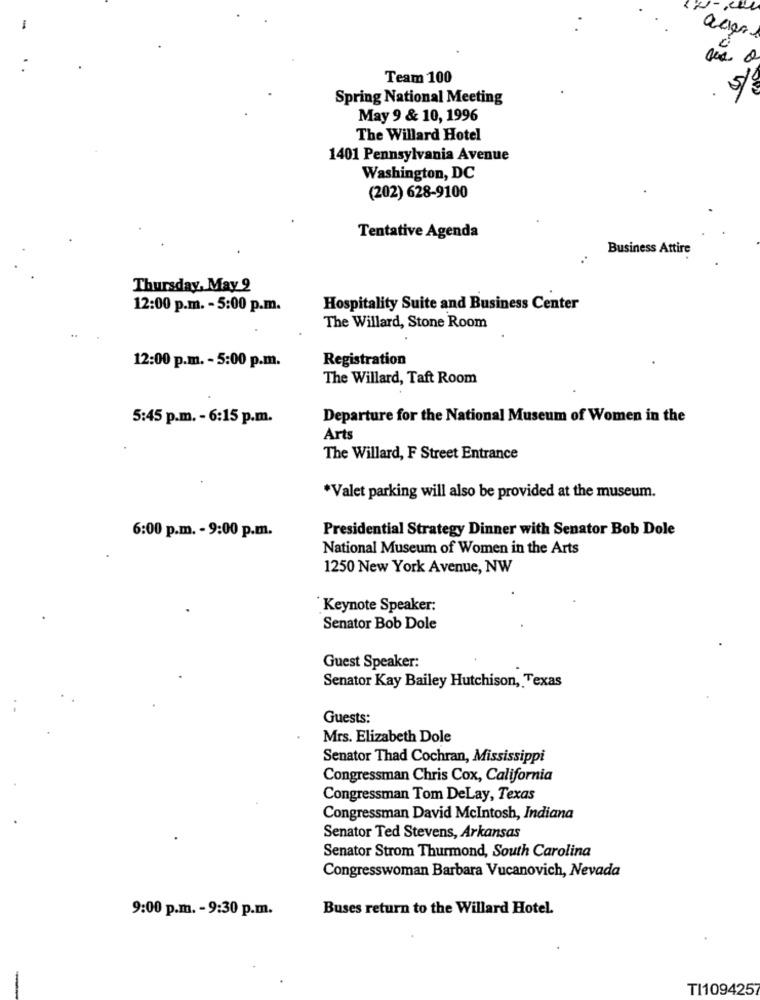
-
S
0
Team 100
. 5/2
Spring National Meeting
May 9 & 10, 1996
The Willard Hotel
1401 Pennsylvania Avenue
Washington, DC
(202) 628-9100
Tentative Agenda
Business Attire
Thursday, May 2
12:00 p.m. - 5:00 p.m.
Hospitality Suite and Business Center
The Willard, Stone Room
Registration
12:00 p.m. - 5:00 p.m.
The Willard, Taft Room
5:45 p.m. - 6:15 p.m.
Departure for the National Museum of Women in the
Arts
The Willard, F Street Entrance
.
*Valet parking will also be provided at the museum.
Presidential Strategy Dinner with Senator Bob Dole
6:00 p.m. - 9:00 p.m.
National Museum of Women in the Arts
1250 New York Avenue, NW
Keynote Speaker:
Senator Bob Dole
Guest Speaker:
Senator Kay Bailey Hutchison, Texas
Guests:
Mrs. Elizabeth Dole
Senator Thad Cochran, Mississippi
Congressman Chris Cox, California
Congressman Tom DeLay, Texas
Congressman David McIntosh, Indiana
Senator Ted Stevens, Arkansas
Senator Strom Thurmond, South Carolina
Congresswoman Barbara Vucanovich, Nevada
9:00 p.m. - 9:30 p.m.
Buses return to the Willard Hotel.
-
TI109425